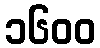
၁၆၀၀